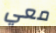
معي